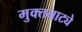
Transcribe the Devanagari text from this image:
मुक्‍तनाट्ये